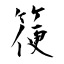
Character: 箯